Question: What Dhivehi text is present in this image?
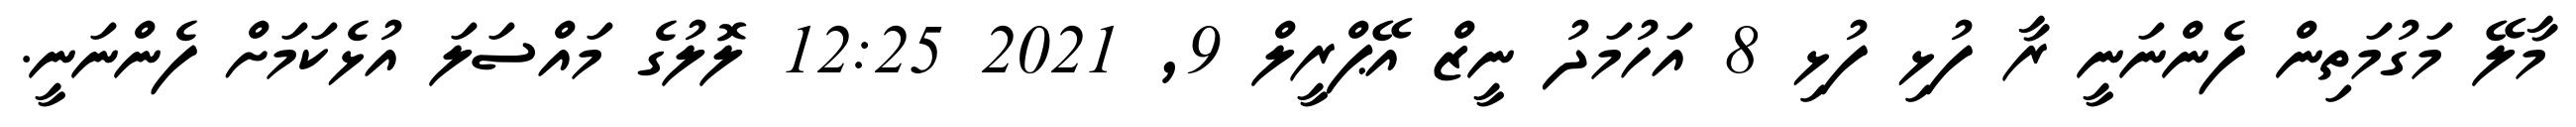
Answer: މާލޭ މަގުމަތިން ފެންނަނީ ރާ ފުޅި ފުޅި 8 އަހުމަދު ނީޒް އޭޕްރީލް 9, 2021 12:25 ލޮލުގެ މައްސަލަ އުޅެކަމަށް ފެންނަނީ.